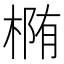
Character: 椭